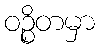
ဝဉ္စိတမှာ